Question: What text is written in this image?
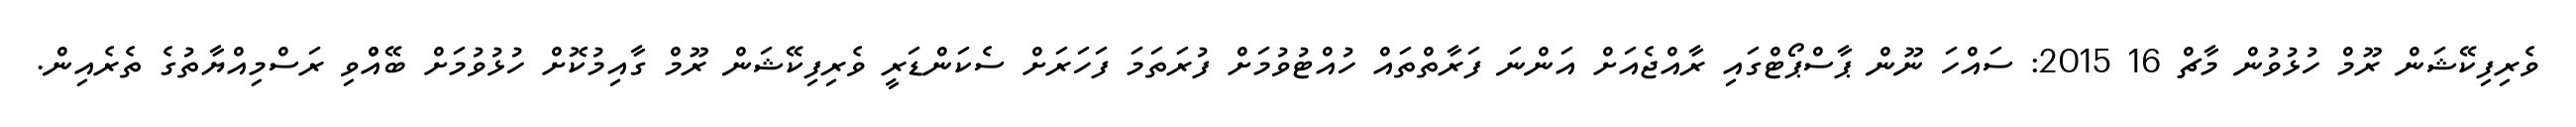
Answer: ވެރިފިކޭޝަން ރޫމް ހުޅުވުން މާޗް 16 2015: ސައްހަ ނޫން ޕާސްޕޯޓްގައި ރާއްޖެއަށް އަންނަ ފަރާތްތައް ހުއްޓުވުމަށް ފުރަތަމަ ފަހަރަށް ސެކަންޑަރީ ވެރިފިކޭޝަން ރޫމް ގާއިމުކޮށް ހުޅުވުމަށް ބޭއްްވި ރަސްމިއްޔާތުގެ ތެރެއިން.